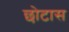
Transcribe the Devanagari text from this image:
छोटास